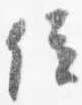
位